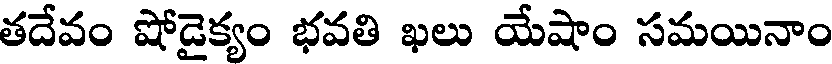
తదేవం షోడైక్యం భవతి ఖలు యేషాం సమయినాం